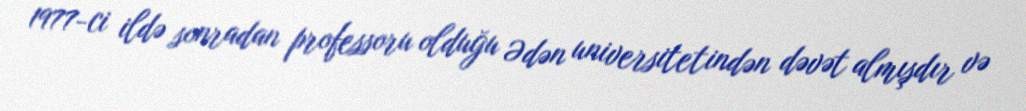
1977-ci ildə sonradan professoru olduğu Ədən universitetindən dəvət almışdır və